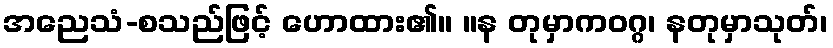
အညေသံ-စသည်ဖြင့် ဟောထား၏။ ။န တုမှာကဝဂ္ဂ၊ နတုမှာသုတ်၊